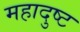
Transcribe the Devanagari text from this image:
महादुष्ट